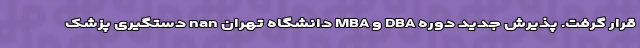
قرار گرفت. پذیرش جدید دوره DBA و MBA دانشگاه تهران nan دستگیری پزشک